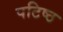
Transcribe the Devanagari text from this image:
पटिष्ठ